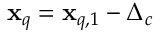
\mathbf { x } _ { q } = \mathbf { x } _ { q , 1 } - \Delta _ { c }